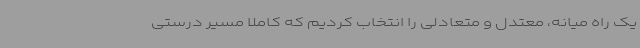
یک راه میانه، معتدل و متعادلی را انتخاب کردیم که کاملاً مسیر درستی